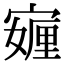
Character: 𭔖